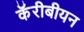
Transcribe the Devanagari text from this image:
कॅरीबीयन